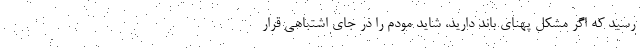
رسید که اگر مشکل پهنای باند دارید، شاید مودم را در جای اشتباهی قرار